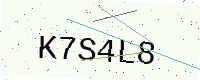
Text: K7S4L8